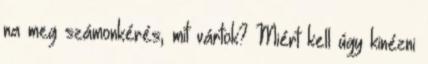
na meg számonkérés, mit vártok? Miért kell úgy kinézni